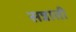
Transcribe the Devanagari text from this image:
सन्नाती